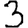
Digit: 3